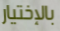
بالإختيار